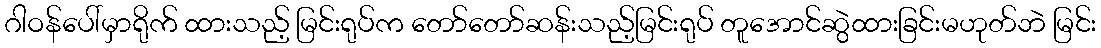
ဂါဝန်ပေါ်မှာရိုက် ထားသည့် မြင်းရုပ်က တော်တော်ဆန်းသည့်မြင်းရုပ် တူအောင်ဆွဲထားခြင်းမဟုတ်ဘဲ မြင်း